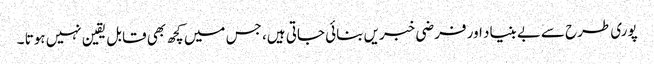
پوری طرح سےبے بنیاد اور فرضی خبریں بنائی جاتی ہیں، جس میں کچھ بھی قابل یقین نہیں ہوتا ۔